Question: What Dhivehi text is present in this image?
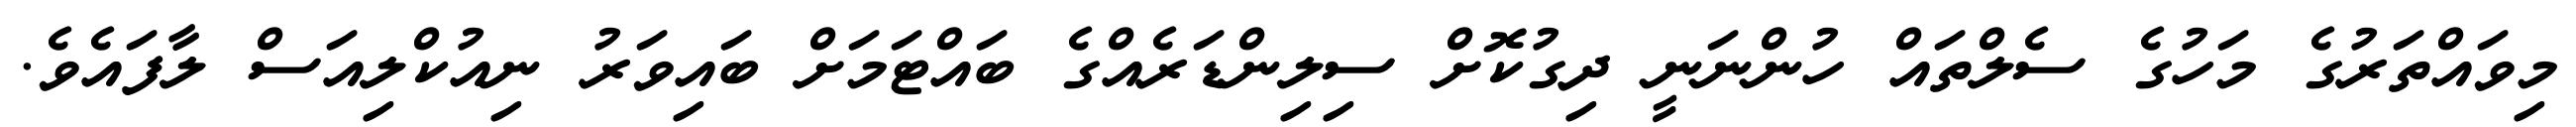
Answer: މިވައްތަރުގެ މަހުގެ ސެލްތައް ހުންނަނީ ދިގުކޮށް ސިލިންޑަރެއްގެ ބައްޓަމަށް ބައިވަރު ނިއުކްލިއަސް ލާފައެވެ.